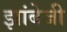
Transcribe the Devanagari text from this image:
झांबेजी